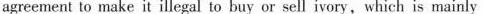
agreement to make it illegal to buy or sell ivory,which is mainly